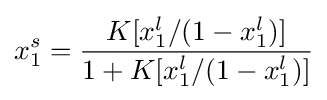
x_{1}^{s}={\frac {K[x_{1}^{l}/(1-x_{1}^{l})]}{1+K[x_{1}^{l}/(1-x_{1}^{l})]}}